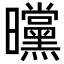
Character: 曭